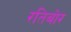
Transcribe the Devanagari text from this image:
रतिबोर